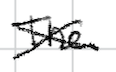
Text: The
Cross-out: cross
Writing tool: digital_black